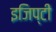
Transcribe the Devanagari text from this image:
इजिप्टी